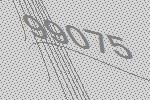
99075